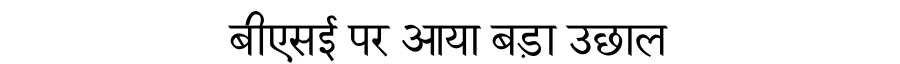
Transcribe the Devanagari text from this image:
बीएसई पर आया बड़ा उछाल